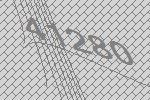
41280